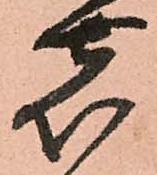
し